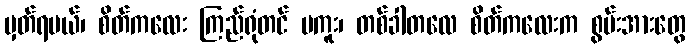
မှတ်ရမယ်၊ စိတ်ကလေး ကြည်ရုံတင် မကူး၊ တစ်ခါတလေ စိတ်ကလေးက စွမ်းအားတွေ